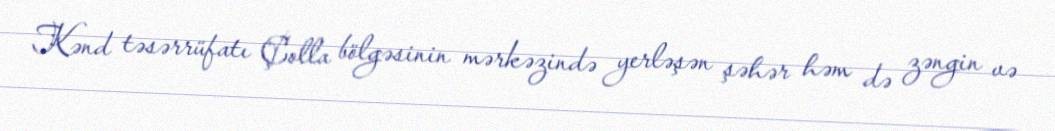
Kənd təsərrüfatı Çolla bölgəsinin mərkəzində yerləşən şəhər həm də zəngin və